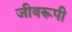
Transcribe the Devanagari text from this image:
जीवरूपी